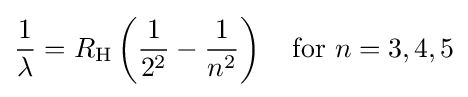
{\frac {1}{\lambda }}=R_{\mathrm {H} }\left({\frac {1}{2^{2}}}-{\frac {1}{n^{2}}}\right)\quad {\text{for}}\ n=3,4,5